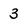
Character: 3